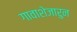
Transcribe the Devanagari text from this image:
गावाशेजारुन